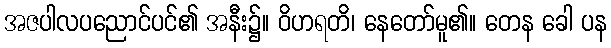
အဇပါလပညောင်ပင်၏ အနီး၌။ ဝိဟရတိ၊ နေတော်မူ၏။ တေန ခေါ ပန